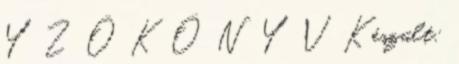
Y Z Ő K Ö N Y V Készült: